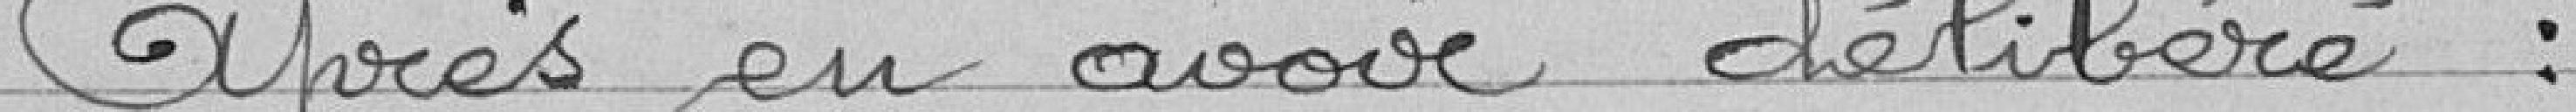
Après en avoir délibéré :